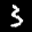
Label: 3